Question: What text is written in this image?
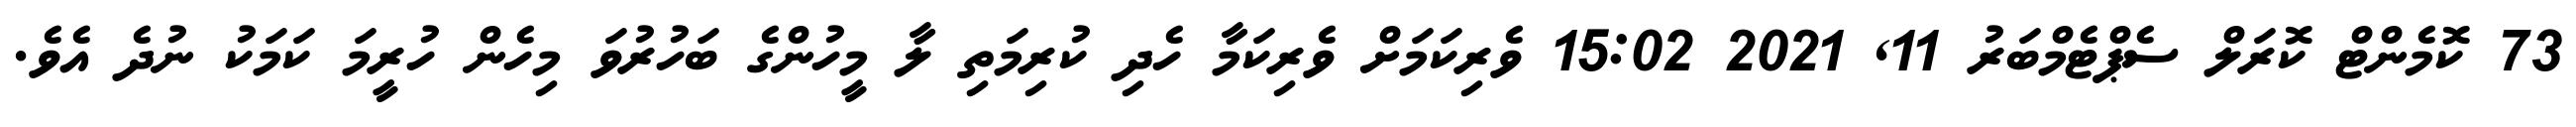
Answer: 73 ކޮމެންޓް ކޮރަލް ސެޕްޓެމްބަރު 11, 2021 15:02 ވެރިކަމަށް ވެރިކަމާ ހެދި ކުރިމަތި ލާ މީހުންގެ ބަހުރުވަ މިހެން ހުރީމަ ކަމަކު ނުދެ އެވެ.